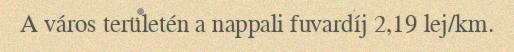
A város területén a nappali fuvardíj 2,19 lej/km.